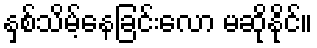
နှစ်သိမ့်နေခြင်းလော မဆိုနိုင်။